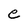
Character: e